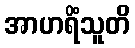
အာဟရိံသူတိ